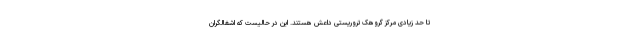
تا حد زیادی مرکز گروهک تروریستی داعش هستند. این در حالیست که اشغالگران